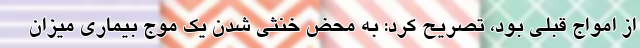
از امواج قبلی بود، تصریح کرد: به محض خنثی شدن یک موج بیماری میزان